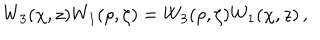
LaTeX: W _ { 3 } ( \chi , z ) W _ { 1 } ( \rho , \zeta ) = W _ { 3 } ( \rho , \zeta ) W _ { 1 } ( \chi , z ) \, ,